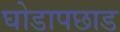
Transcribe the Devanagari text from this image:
घोडापछाड